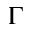
\Gamma